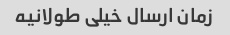
زمان ارسال خیلی طولانیه